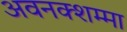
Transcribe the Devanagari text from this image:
अवनक्शम्मा